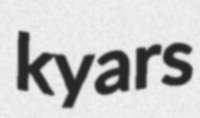
kyars